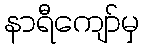
နာရီကျော်မှ